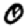
Digit: 0